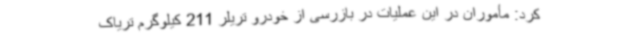
کرد: مأموران در این عملیات در بازرسی از خودرو تریلر 211 کیلوگرم تریاک